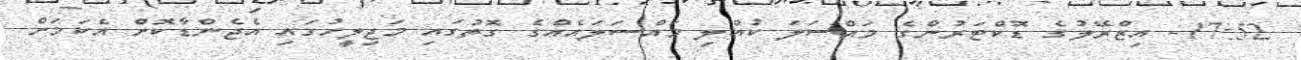
17:52- އިޒްރޭލުގެ ޑޮކްޓަރުންގެ މައްސަލަ ކުއްލި މައްސަލައެއްގެ ގޮތުގައި މަޖިލީހުގައި އެޖެންޑާކޮށް އެކަމަށް